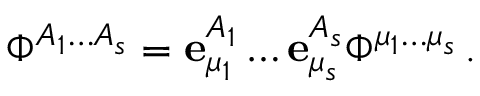
\Phi ^ { A _ { 1 } \ldots A _ { s } } = { \bf e } _ { \mu _ { 1 } } ^ { A _ { 1 } } \ldots { \bf e } _ { \mu _ { s } } ^ { A _ { s } } \Phi ^ { \mu _ { 1 } \ldots \mu _ { s } } \, .